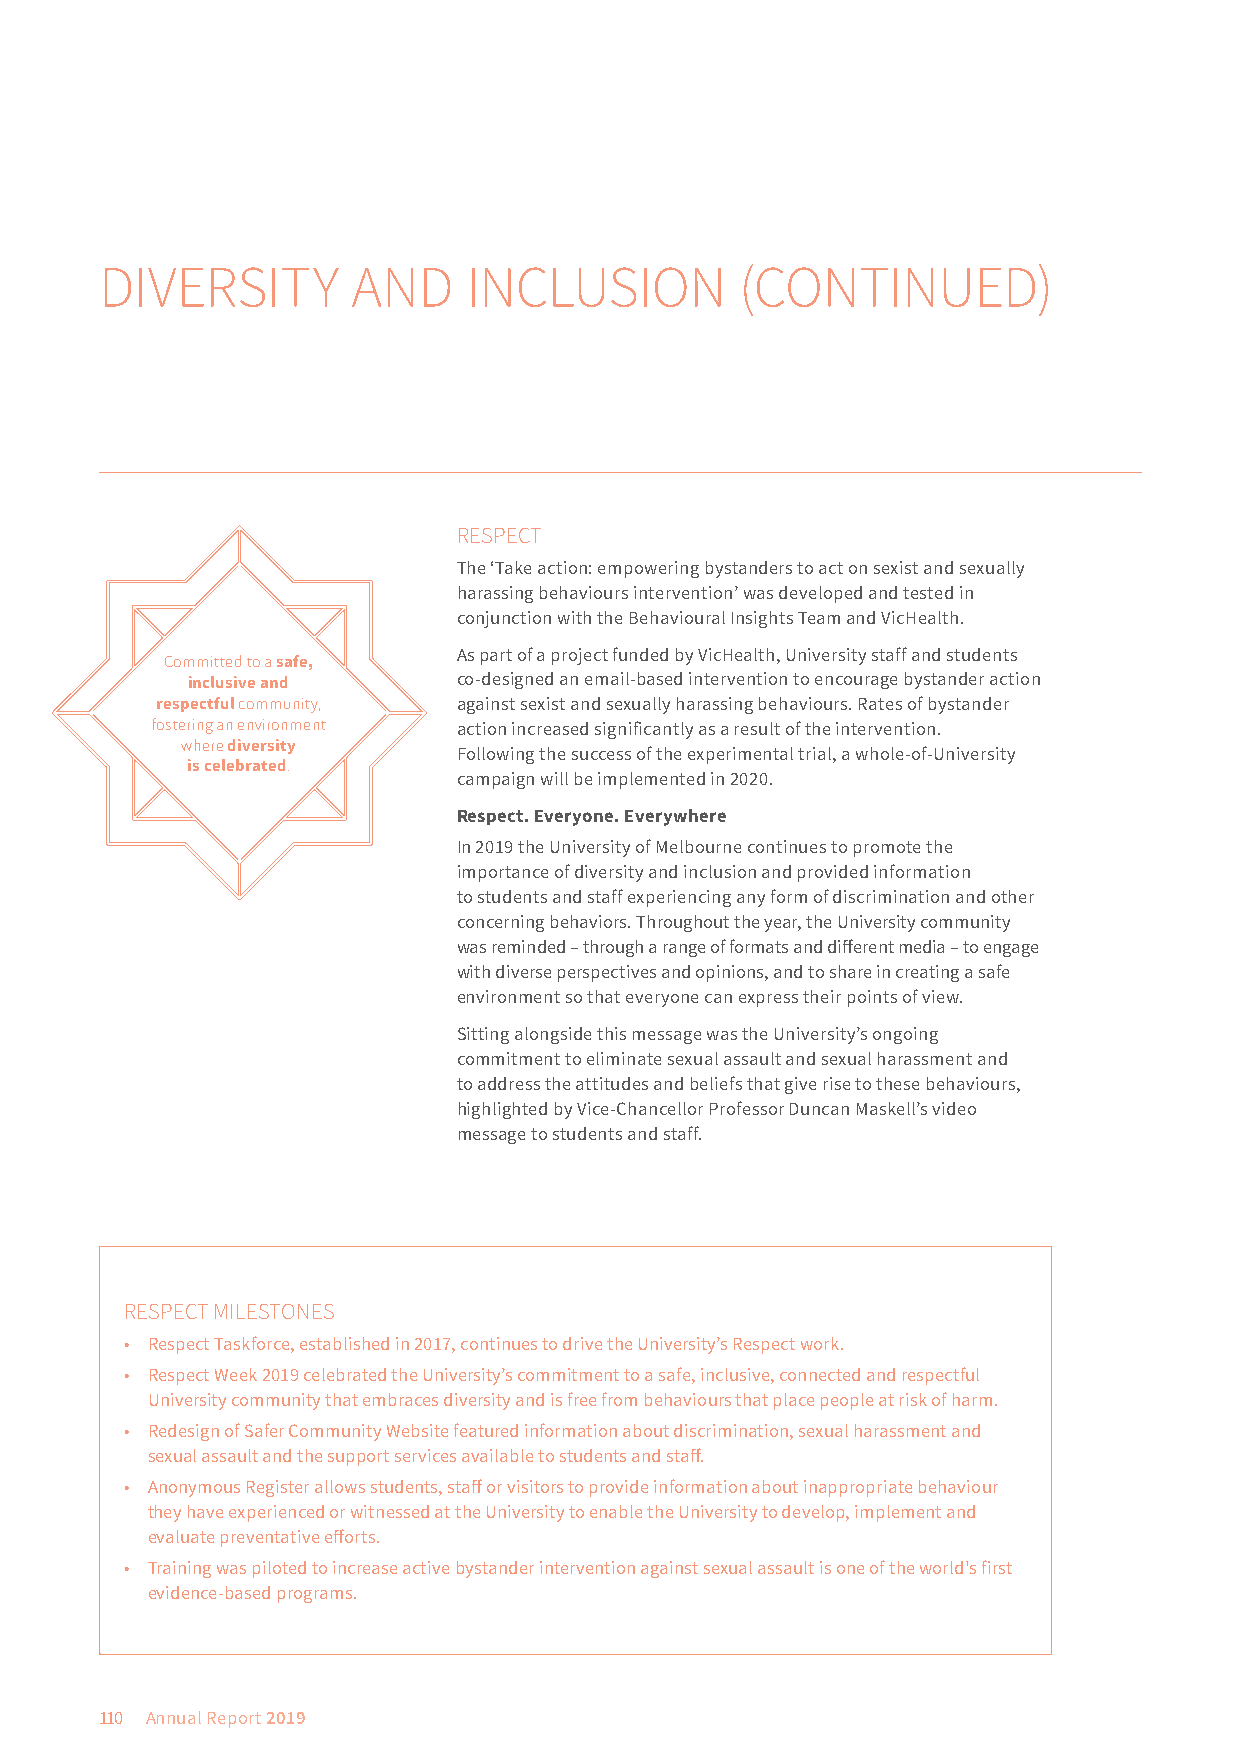
DIVERSITY       AND     INCLUSION         (CONTINUED)
 RESPECT
 The ‘Take action: empowering bystanders to act on sexist and sexually
 harassing behaviours intervention’ was developed and tested in
 conjunction with the Behavioural Insights Team and VicHealth.
 As part of a project funded by VicHealth, University staff and students
 Committed to a safe,
 inclusive and     co-designed an email-based intervention to encourage bystander action
 respectful community, against sexist and sexually harassing behaviours. Rates of bystander
 fostering an environment action increased significantly as a result of the intervention.
 where diversity
 Following the success of the experimental trial, a whole-of-University
 is celebrated.
 campaign will be implemented in 2020.
 Respect. Everyone. Everywhere
 In 2019 the University of Melbourne continues to promote the
 importance of diversity and inclusion and provided information
 to students and staff experiencing any form of discrimination and other
 concerning behaviors. Throughout the year, the University community
 was reminded – through a range of formats and different media – to engage
 with diverse perspectives and opinions, and to share in creating a safe
 environment so that everyone can express their points of view.
 Sitting alongside this message was the University’s ongoing
 commitment to eliminate sexual assault and sexual harassment and
 to address the attitudes and beliefs that give rise to these behaviours,
 highlighted by Vice-Chancellor Professor Duncan Maskell’s video
 message to students and staff.
 RESPECT MILESTONES
 • Respect Taskforce, established in 2017, continues to drive the University’s Respect work.
 • Respect Week 2019 celebrated the University’s commitment to a safe, inclusive, connected and respectful
 University community that embraces diversity and is free from behaviours that place people at risk of harm.
 • Redesign of Safer Community Website featured information about discrimination, sexual harassment and
 sexual assault and the support services available to students and staff.
 • Anonymous Register allows students, staff or visitors to provide information about inappropriate behaviour
 they have experienced or witnessed at the University to enable the University to develop, implement and
 evaluate preventative efforts.
 • Training was piloted to increase active bystander intervention against sexual assault is one of the world's first
 evidence-based programs.
 110 Annual Report 2019